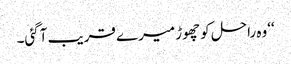
‘‘وہ راحل کو چھوڑ میرے قریب آگئی۔